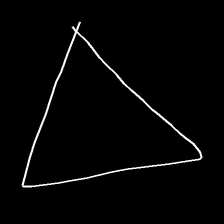
Glyph: convergence